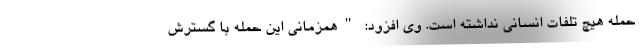
حمله هیچ تلفات انسانی نداشته است. وی افزود: "همزمانی این حمله با گسترش